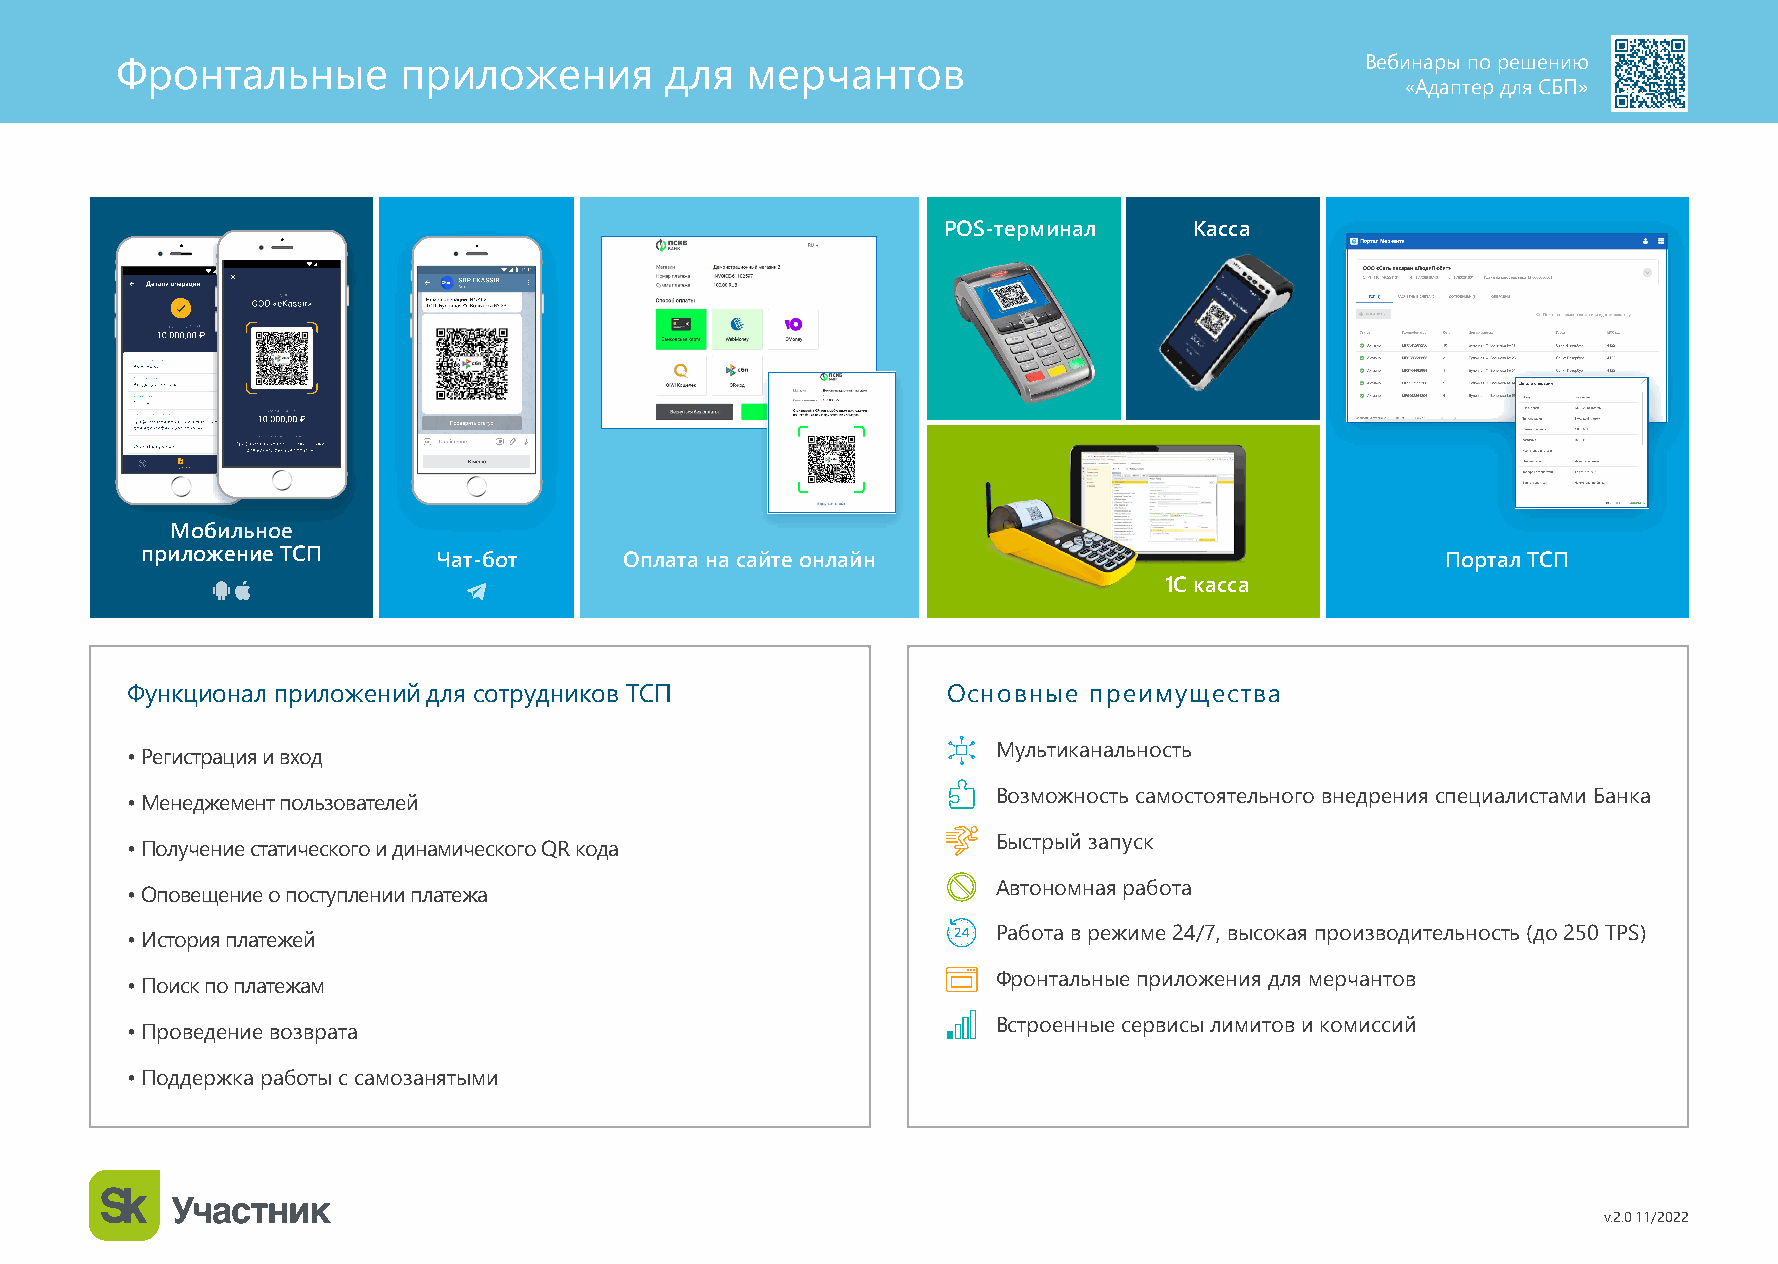
Вебинары по решению
 Фронтальные        приложения       для  мерчантов
 «Адаптер для СБП»
 POS-терминал     Касса
 Мобильное
 приложение ТСП      Чат-бот     Оплата на сайте онлайн                                 Портал ТСП
 1С касса
 Функционал приложений для сотрудников ТСП              Основные преимущества
 Мультиканальность
 • Регистрация и вход
 Возможность самостоятельного внедрения специалистами Банка
 • Менеджемент пользователей
 Быстрый запуск
 • Получение статического и динамического QR кода
 Автономная работа
 • Оповещение о поступлении платежа
 Работа в режиме 24/7, высокая производительность (до 250 TPS)
 • История платежей
 Фронтальные приложения для мерчантов
 • Поиск по платежам
 Встроенные сервисы лимитов и комиссий
 • Проведение возврата
 • Поддержка работы с самозанятыми
 v.2.0 11/2022